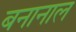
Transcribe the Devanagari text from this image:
बनानाल